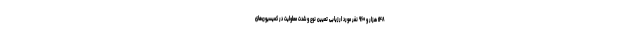
۱۴۸ هزار و ۹۶۰ نفر مورد ارزیابی تعیین نوع و شدت معلولیت در کمیسیون‌های